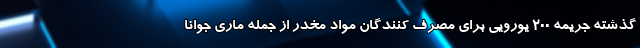
گذشته جریمه ۲۰۰ یورویی برای مصرف کنندگان مواد مخدر از جمله ماری جوانا